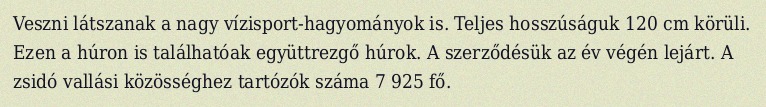
Veszni látszanak a nagy vízisport-hagyományok is. Teljes hosszúságuk 120 cm körüli. Ezen a húron is találhatóak együttrezgő húrok. A szerződésük az év végén lejárt. A zsidó vallási közösséghez tartózók száma 7 925 fő.